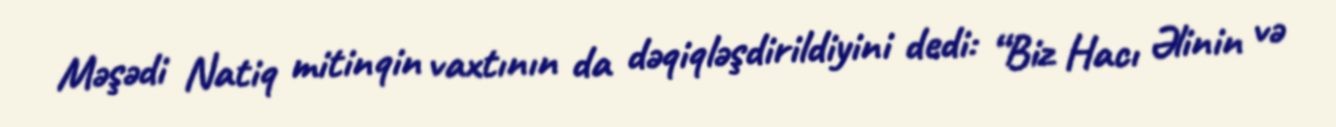
Məşədi Natiq mitinqin vaxtının da dəqiqləşdirildiyini dedi: “Biz Hacı Əlinin və